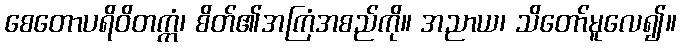
စေတောပရိဝိတက္ကံ၊ စိတ်၏အကြံအစည်ကို။ အညာယ၊ သိတော်မူလေ၍။